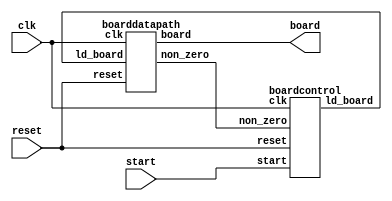

// Board interface
module Board(
	input start,
	input reset,
	input clk,
	output [7:0] board); 
	
	wire ld_board, non_zero;
	
	boarddatapath d0(
	.ld_board(ld_board),
	.clk(clk),
	.reset(reset),
	.non_zero(non_zero),
	.board(board));
	
	boardcontrol c0(
	.start(start),
	.reset(reset),
	.clk(clk),
	.non_zero(non_zero),
	.ld_board(ld_board));
	
endmodule

//Generates a pseudo-random board using a linear-feedback shift register (LFSR)
//Logic for pseudo-random counter from: http://www.doe.carleton.ca/~jknight/97.478/97.478_03F/Advdig5cirJ.pdf
module BoardGenerator(
	input enable,
	input clk,
	input reset,
	output reg [7:0] out); 
		
	always @(posedge clk) begin
		if (!reset) 
			out <= 8'b11111111;
		else if (enable)
			out <= {out[6:1], out[7]^out[0], out[7]};
	end
	
endmodule

module boardcontrol(
	input start,
	input reset,
	input clk,
	input non_zero,
	output reg ld_board);
	
	reg [1:0] current_state, next_state;
	
	
	localparam  S_GENERATE               = 2'd0,
					S_GENERATE_CORRECT_BOARD = 2'd1,
					S_PLAY                   = 2'd2;
	
	always @(*)
	begin: state_table
				case(current_state)
					S_GENERATE: next_state = !start ? S_GENERATE_CORRECT_BOARD : S_GENERATE;
					S_GENERATE_CORRECT_BOARD: next_state = non_zero ? S_PLAY : S_GENERATE_CORRECT_BOARD;
					S_PLAY: next_state = start ? S_GENERATE: S_PLAY;
					default: next_state = S_GENERATE;
				endcase
	end
	
	always @(*)
	begin: enable_signals
		ld_board = 1'b0;
		
		case (current_state)
			S_GENERATE: ld_board = 1'b1;
			S_GENERATE_CORRECT_BOARD: ld_board = 1'b1;
			default: ld_board = 1'b0;
		endcase
	end
	
	always @(posedge clk) 
	begin: state_FFs
		if (!reset)
			current_state <= S_GENERATE;
		else
			current_state <= next_state;
	end
	
endmodule

module boarddatapath(
	input ld_board,
	input clk,
	input reset,
	output non_zero,
	output reg [7:0] board); 
	
	wire [7:0] randomized_board;
	
	BoardGenerator b0(
		.enable(ld_board),
		.clk(clk),
		.reset(reset),
		.out(randomized_board));
		
	always @(posedge clk) begin
		if (!reset) 
			board <= 8'b0;
		else begin
			if (ld_board && non_zero)
				board <= randomized_board;
		end
	end
	
	assign non_zero = (randomized_board > 0) ? 1'b1 : 1'b0;
endmodule